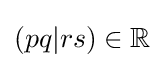
(pq|rs)\in \mathbb {R}